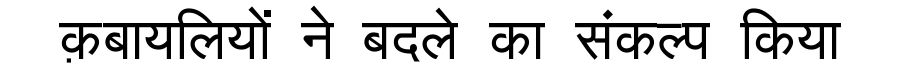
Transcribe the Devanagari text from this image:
क़बायलियों ने बदले का संकल्प किया